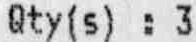
QTY(S) : 3